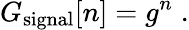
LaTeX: G_{\mathrm{signal}}[n]=g^{n}\; .